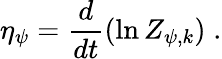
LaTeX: \eta_{\psi}=\frac{d}{dt}(\ln Z_{\psi,k})\; .